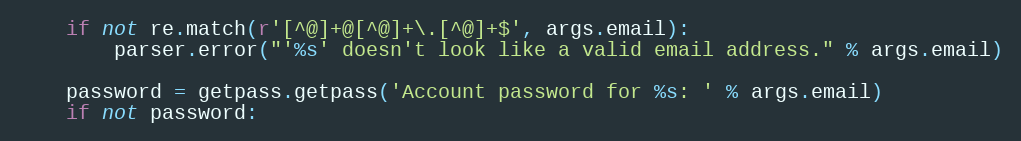
Language: Python
    if not re.match(r'[^@]+@[^@]+\.[^@]+$', args.email):
        parser.error("'%s' doesn't look like a valid email address." % args.email)

    password = getpass.getpass('Account password for %s: ' % args.email)
    if not password: